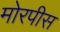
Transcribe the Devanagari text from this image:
मोरपीस